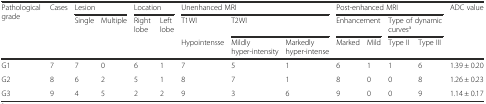
| <ROWSPAN=3> Pathological grade | <ROWSPAN=3> Cases | <COLSPAN=2> Lesion | <COLSPAN=2> Location | <COLSPAN=3> Unenhanced MRI | <COLSPAN=4> Post-enhanced MRI | <ROWSPAN=2> ADC value |
 | <ROWSPAN=2> Single | <ROWSPAN=2> Multiple | <ROWSPAN=2> Right lobe | <ROWSPAN=2> Left lobe | T1WI | <COLSPAN=2> T2WI | <COLSPAN=2> Enhancement | <COLSPAN=2> Type of dynamic curvesa |
 | Hypointensse | Mildly hyper-intensity | Markedly hyper-intense | Marked | Mild | Type II | Type III |  |
 | --- | --- | --- | --- | --- | --- | --- | --- | --- | --- | --- | --- | --- | --- |
 | G1 | 7 | 7 | 0 | 6 | 1 | 7 | 5 | 1 | 6 | 1 | 1 | 6 | 1.39 ± 0.20 |
 | G2 | 8 | 6 | 2 | 5 | 1 | 8 | 7 | 1 | 8 | 0 | 0 | 8 | 1.26 ± 0.23 |
 | G3 | 9 | 4 | 5 | 2 | 2 | 9 | 3 | 6 | 9 | 0 | 0 | 9 | 1.14 ± 0.17 |